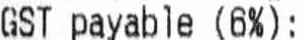
GST PAYABLE (6%):